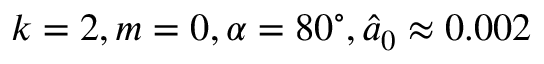
k = 2 , m = 0 , \alpha = 8 0 ^ { \circ } , \hat { a } _ { 0 } \approx 0 . 0 0 2